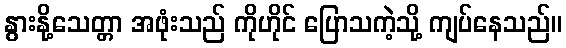
နွားနို့သေတ္တာ အဖုံးသည် ကိုဟိုင် ပြောသကဲ့သို့ ကျပ်နေသည်။